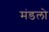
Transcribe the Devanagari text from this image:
मंडलो